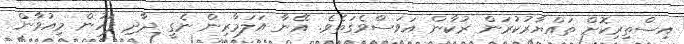
އިސްތިރިކޮށް ތައްޔާރުކުރަން ރުކާން އަވަސްވެގަތެވެ. އޭނާ އަލަމާރިން ނެގީ ދާދި ފަހުން މިއުވާން